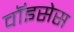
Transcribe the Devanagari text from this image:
वॉइसेस